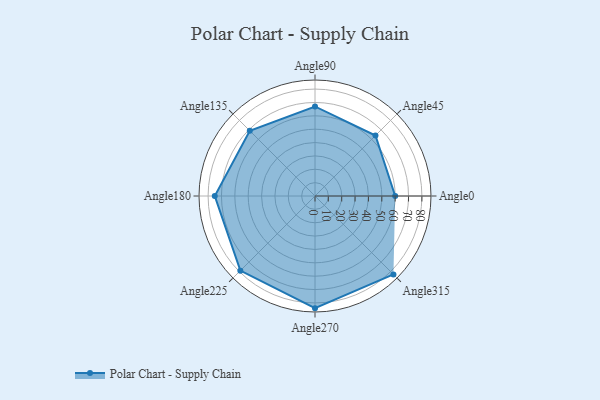
{"axis": {"x": "Angle", "y": "Radius"}, "legend": [""], "data": [{"x": "Angle0", "y": 60.0, "type": ""}, {"x": "Angle45", "y": 64.0, "type": ""}, {"x": "Angle90", "y": 67.0, "type": ""}, {"x": "Angle135", "y": 69.0, "type": ""}, {"x": "Angle180", "y": 75.0, "type": ""}, {"x": "Angle225", "y": 79.0, "type": ""}, {"x": "Angle270", "y": 84.0, "type": ""}, {"x": "Angle315", "y": 83.0, "type": ""}]}